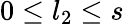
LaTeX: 0\le l_{2}\le s